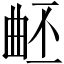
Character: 𣌹